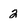
Character: 2